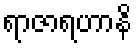
ရာဇာရဟာနိ